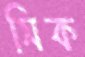
সিক